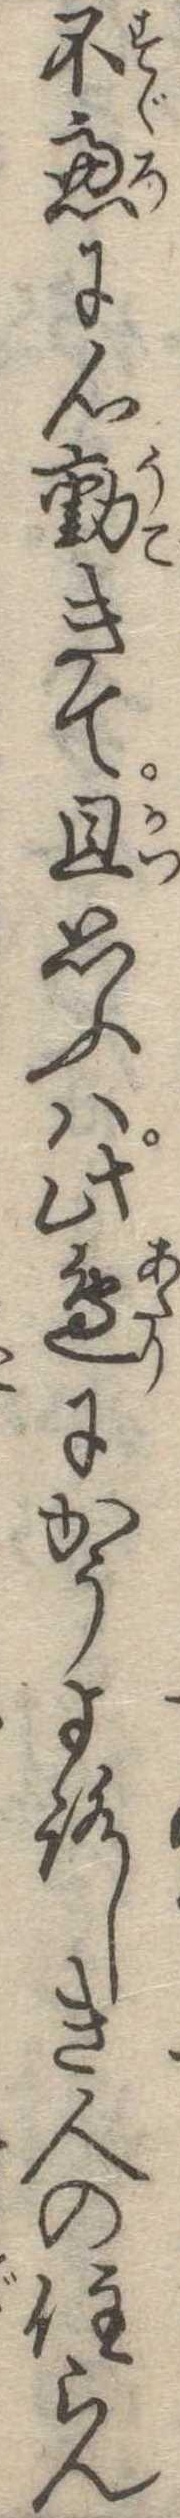
不慮に心動きて且思ふは此辺にかうよろしき人の住らん